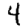
Digit: 4